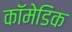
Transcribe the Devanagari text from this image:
कॉमेडिक